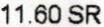
11.60 SR